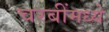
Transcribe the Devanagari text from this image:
चरबींमध्ये